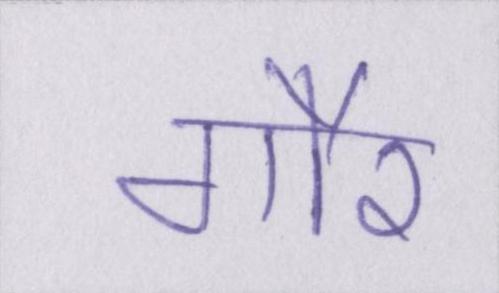
गौर